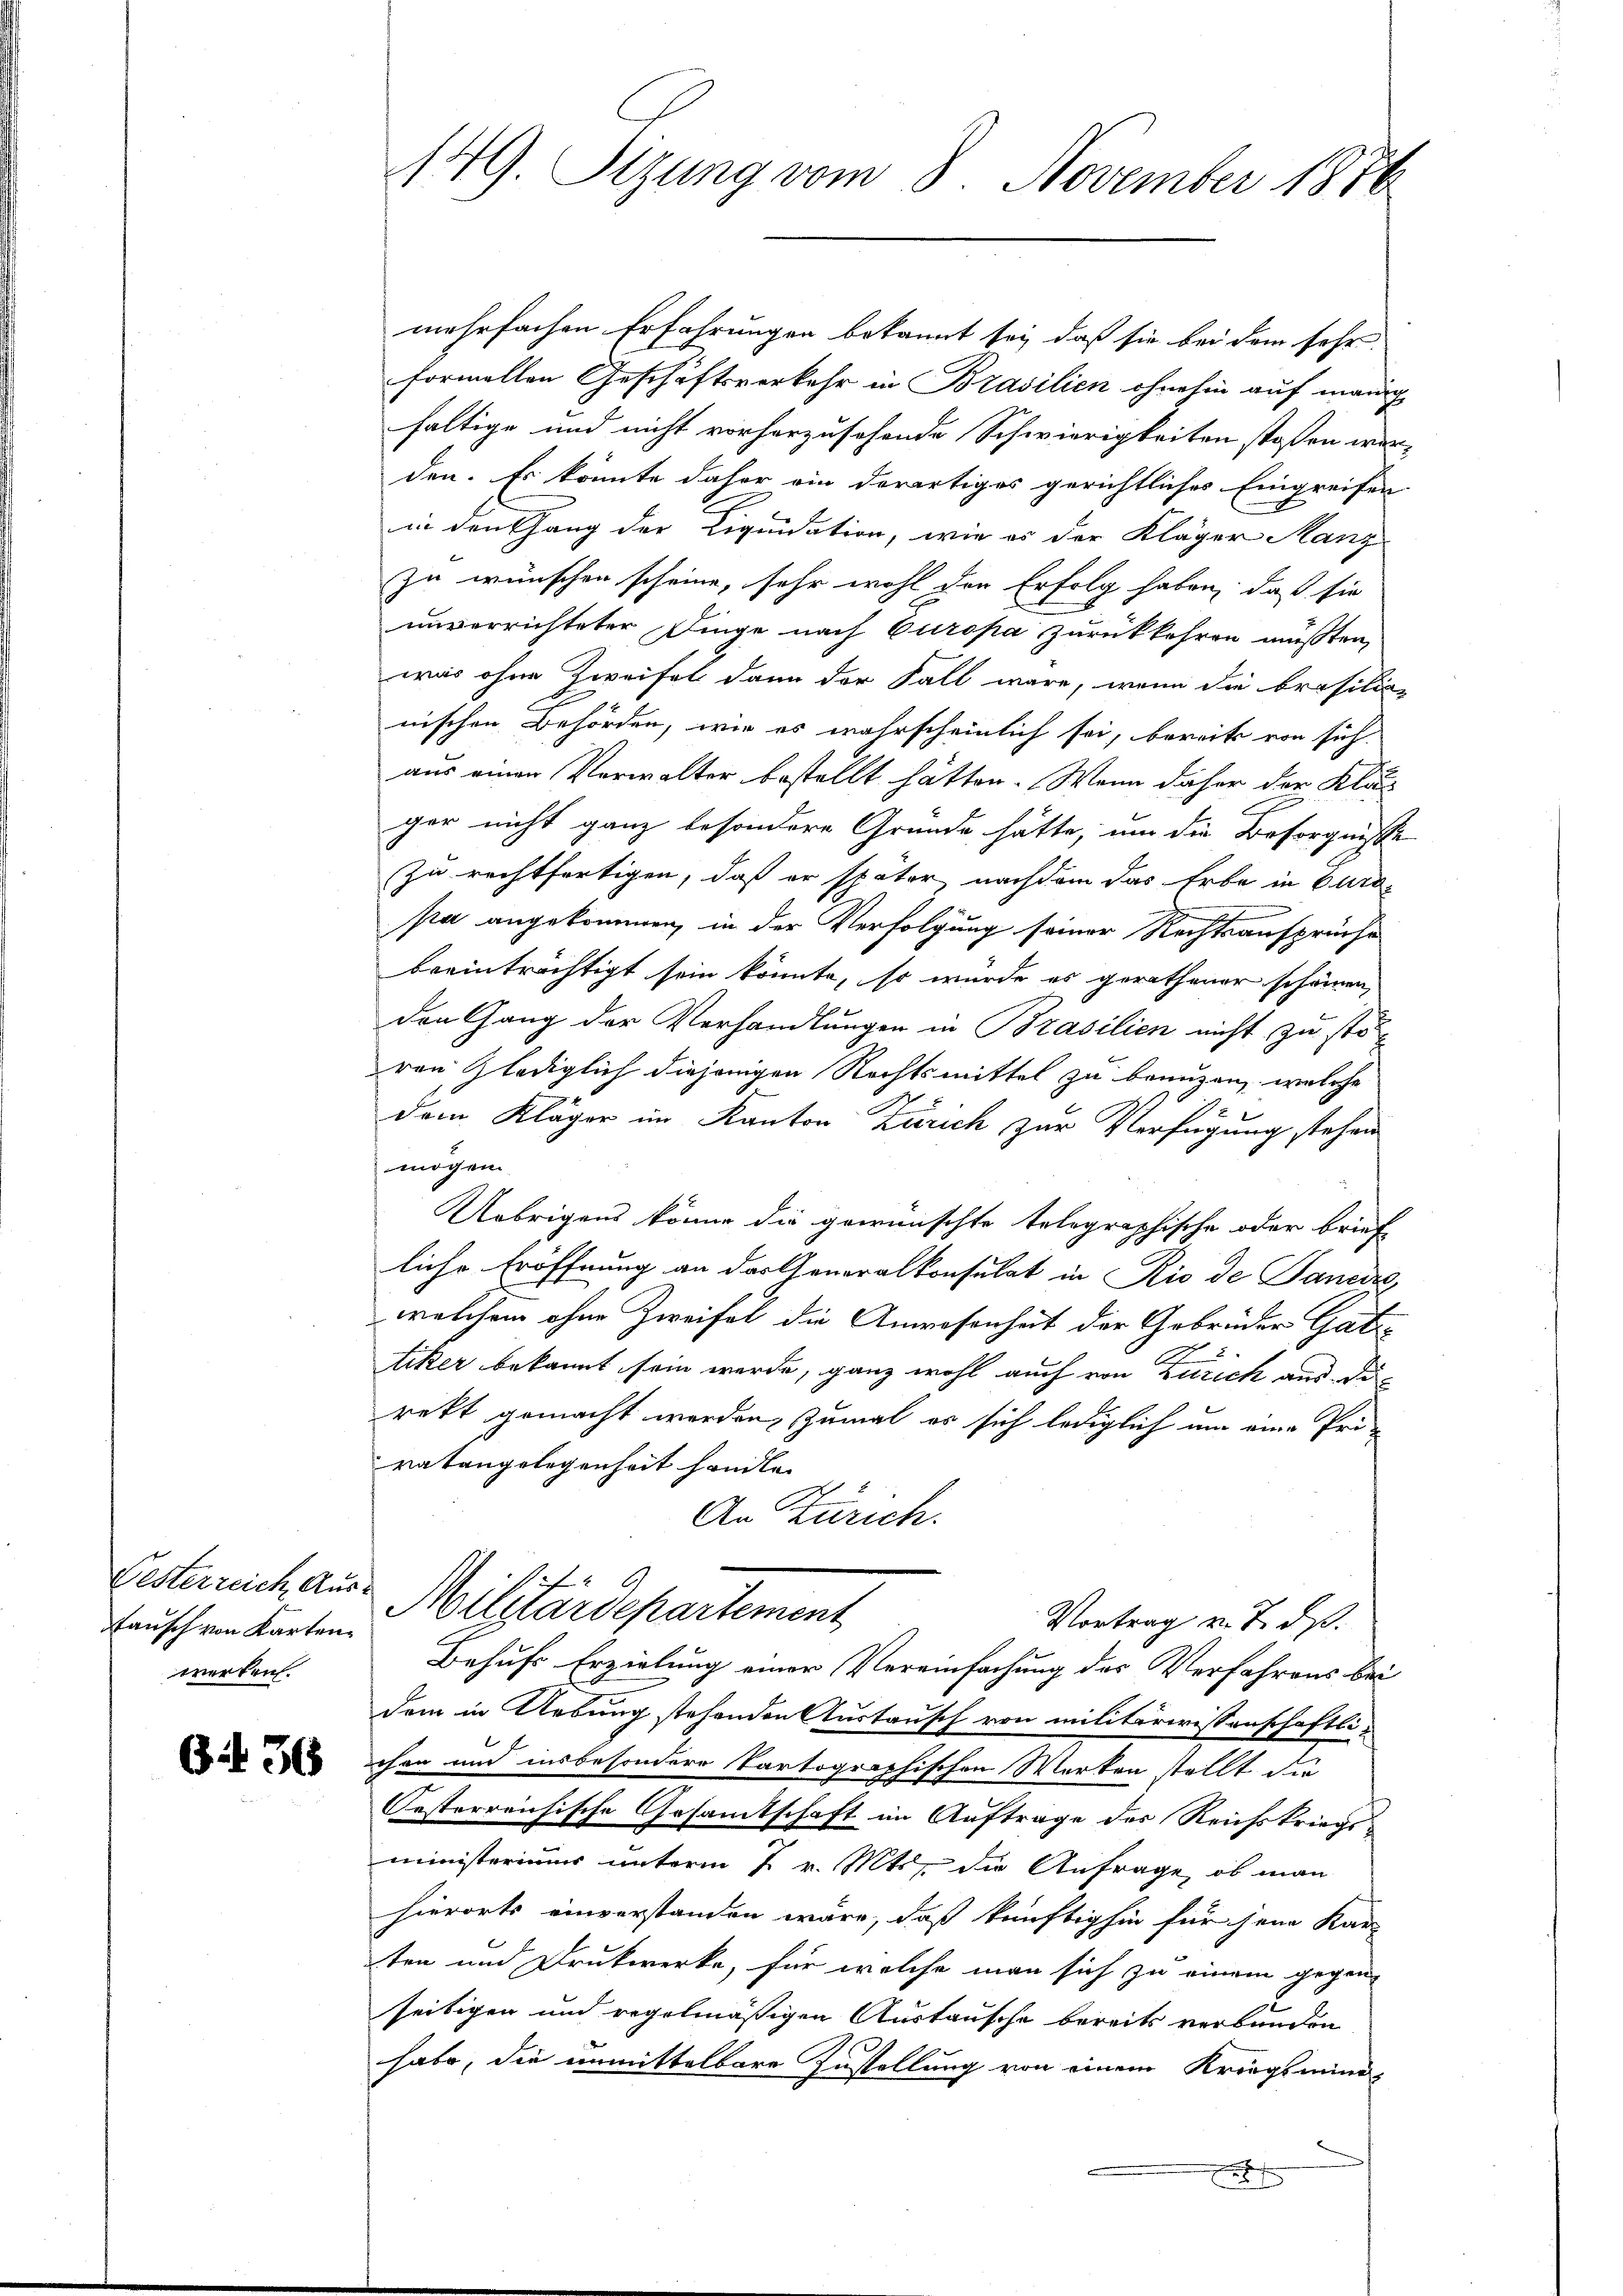
Tausch von Karten
werken.

Gi 36

mehrfachen Erfahrungen bekannt sei, daß sie bei dem sehr
formellen Geschäftsverkehr in Brasilien ohnehin auf manig
faltige und nicht vorherzusehende Schwierigkeiten stoßen wer-
den. Es könnte daher ein derartiges gerichtliches Eingreifen
in den Gang der Liquidation, wie es der Kläger Manz
zu wünschen scheine, sehr wohl den Erfolg haben, daß sie
unverrichteter Dinge nach Europa zurückkehren müßten,
war ohne Zweifel dann der Fall wäre, wenn die Brasilio-
nischen Behörden, wie es wahrscheinlich sei, bereits von sich
aus einen Verwalter bestellt hätten. Wenn daher der Klits
ger nicht ganz besondere Gründe hätte, um die Besorgnisse
zu rechtfertigen, daß er später nachdem das Erbe in Curapa angekommen, in der Verfolgung seiner Rechtsansprüche
breinträchtigt sein könnte, so wurde es gerathener scheinen,
den Gang der Verhandlungen in Brasilien nicht zu stören lediglich diejenigen Rechtsmittel zu benuzen, welche
2
dem Kläger im Kanton Zürich zur Verfügung stehen
mögen.
Uebrigens könne die gewünschte telegraphische oder brief
liche Eröffnung an der Generalkonsulat in Rio de Sancire,
welchem ohne Zweifel die Anwesenheit der Gebrüder Gattiker bekannt sein werde, ganz wohl auch von Zürich aus die
rekt gemacht werden, zumal es sich lediglich um eine Pri-
ratangelegenheit handle.
An Zürich.
Lesterreich aus Militärdepartement
Vortrag v. 7. ds.
Behufs Erzielung einer Vereinfachung des Verfahrens bei
dem in Uebung stehenden Austausch von militärwissenschaftli-
chen und insbesondere Kartographischen Merken stellt die
Oesterreichische Gesamtschaft im Auftrage des Reichskriegsministeriums unterm 7 v. Mts. die Anfrage, ob man
hierorts einverstanden wäre, daß künftighin für jene Kar
ten und Drukwerke, für welche man sich zu einem gegen-
seitigen und regelmäßigen Austausche bereits verbunden
habe, die unmittelbare Zustellung von einem Kriegsmini¬
.

149 Sizung vom 8. November 1876